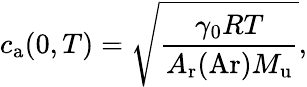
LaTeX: c_{\mathrm{a}}(0,T)={\sqrt{\frac{\gamma_{0}RT}{A_{\mathrm{r}}(\mathrm{Ar})M_{\mathrm{u}}}}},